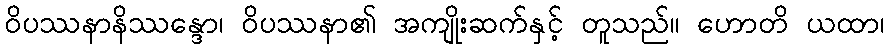
ဝိပဿနာနိဿန္ဒော၊ ဝိပဿနာ၏ အကျိုးဆက်နှင့် တူသည်။ ဟောတိ ယထာ၊